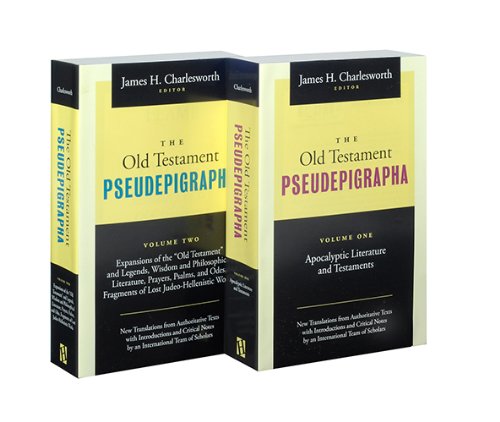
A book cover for The Old Testament Pseudepigrapha ( 2 Volume set); Christian Books & Bibles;